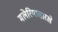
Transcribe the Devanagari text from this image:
मलेरियासारखे